Distribution and causation of leprosy in British India
Year: 1875
Disease focus: Leprosy
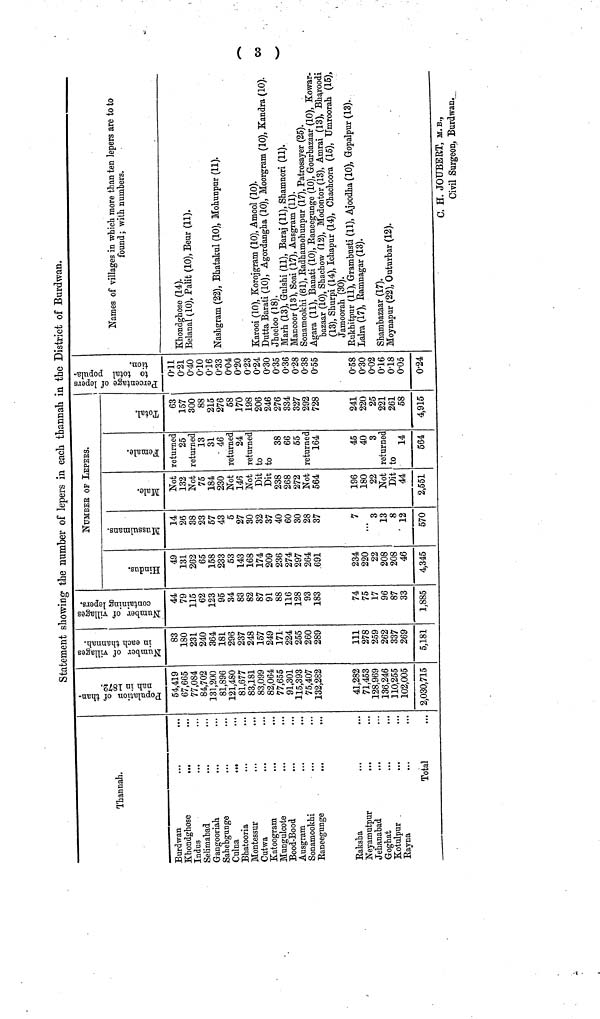
Statement showing the number of lepers in each thannah in the District of Burdwan.
Thannah.
Burdwan
Khondghose
Indus
Selimabad
Gangooriah
Sahebgunge
Culna
Bhatooria
Montessur
Cutwa
Katoogram
Mungulcote
Bood-Bood
Ausgram
Sonamookhi
Eaneegunge
Eaksha
Neyamutpur
Jehanabad
Goghat
Kotulpur
Eayna
Total
54,419
67,665
77,084
84,702
131,200
81,896
121,480
81,677
83,181
83,099
82,064
77,655
91,301
115,393
75,407
132,282
41,282
71,453
128,969
136,246
110,255
102,005
2,030,715
83
180
231
240
364
181
296
237
248
157
249
171
224
255
260
289
111
278
259
262
337
269
5,181
44
79
115
62
123
95
34
83
82
87
91
88
116
128
93
183
74
75
17
96
87
33
1,885
NUMBER OP LEPEHS.
49
131
262
65
158
233
53
143
168
174
209
236
274
297
264
691
234
220
22
208
208
46
4,345
14
26
38
23
57
43
5
27
30
32
37
40
60
30
28
37
7
,.,
3
13
8
12
570
Not
132
Not
75
184
230
Not
146
Not
Bit
Dit
238
268
272
Not
564
196
180
22
Not
Dit
44
2,551
returned
25
returned
13
31
46
returned
24
returned
to
to
38
66
55
returned
164
45
40
3
returned
to
14
564
63
157
300
88
215
276
58
170
198
206
246
276
334
327
292
728
241
220
25
221
261
58
4,915
Oil
0-21
0-40
010
0-16
0'33
0-04
0'20
0'23
0-24
0-30
0-35
0-36
0'28
0-38
0-55
0-58
0-30
0-02
016
018
0-05
0-24
Names of villages in which more than ten lepers are to to
found ; with numbers.
Khondghose (14).
Belanal (10), Palit (10), Beur (11).
Nashgram (22), Bhatakul (10), Mohunpur (11).
Karooi (10), Korojgram (10), Amool (10).
Dutta Barati (10), Agordangha (10), Moorgram (10), Kandra (10).
Jheeloo (18).
Marh (13), Gulshi (11), Baraj (11), Shamnori (11).
Mancoor (13), Soai (17), Ansgram (11).
Sonamookhi (61), Eadhamohunpur (17), Patrosayer (25).
Agara (11), Banati (10), Eaneegunge (10), Gourbazaar (10), Kowar-
bazaar (10), Shachow (12), Modontor (13), Amrai (13), Bharoodi
(13), Shurpi (14), Ichapur (14), Chachoora (15), TTmroorah (15),
Jamoorah (30).
Eukhitpur (11), Grambnsti (11), Ajoodha (10), Gopalpur (13).
Lalra (17), Eamnagar (13).
Shambazaar (17).
Moynapur (22), Outurbar (12).
C. H. JOUBERT, M.B.,
Civil Surgeon, Burdwan.